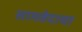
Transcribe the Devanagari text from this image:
सामवेदाचा